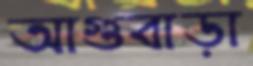
আগুবাড়া